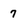
Character: 7